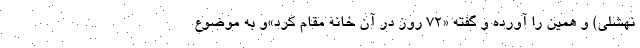
نهشلی) و همین را آورده و گفته «72 روز در آن خانه مُقام کرد»و به موضوع